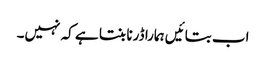
اب بتائیں ہمارا ڈرنا بنتا ہے کہ نہیں۔